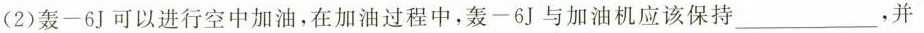
(2)轰-6J可以进行空中加油，在加油过程中，轰-6J与加油机应该保持___，并